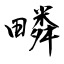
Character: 疄